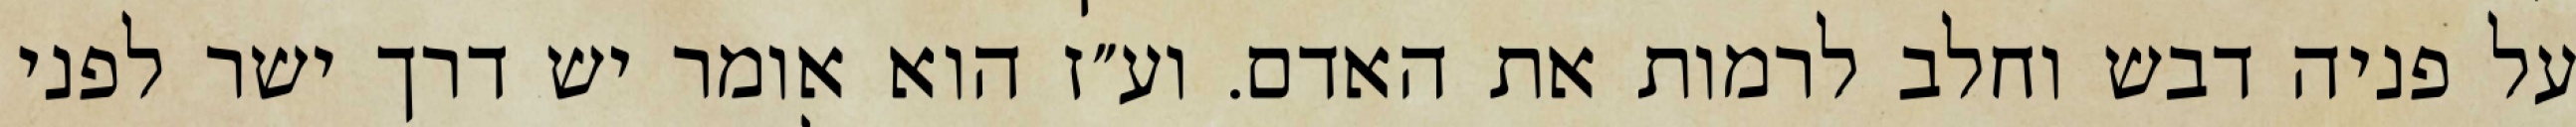
על פניה דבש וחלב לרמות את האדם. וע״ז הוא אומר יש דרך ישר לפני